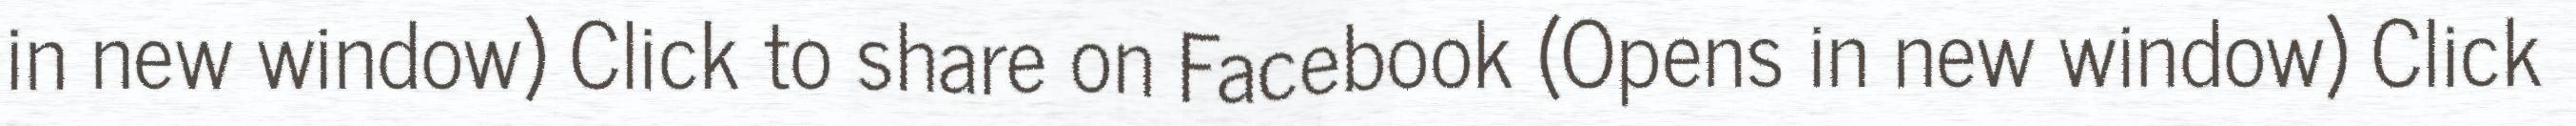
in new window) Click to share on Facebook (Opens in new window) Click